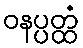
ဝနပ္ပတ္ထံ